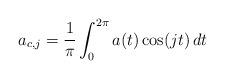
LaTeX: \begin{align*}a_{c,j}=\frac1\pi\int_0^{2\pi}a(t)\cos(jt)\,dt\end{align*}